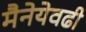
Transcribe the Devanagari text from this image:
मैनेयेवढी